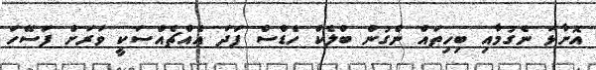
އޮށާޅަ ނެގުމާއި ބިހިތައް ނެގުން ބްލެކް ހެޑްސް ފަދަ އެއްޗެއްސަކީ ވަރަށް ފަސޭހަ